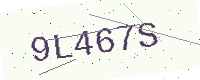
Text: 9L467S